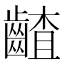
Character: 𪙁